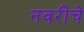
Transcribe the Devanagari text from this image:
नवरीचे